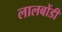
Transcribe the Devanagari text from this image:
लालबोंडी